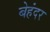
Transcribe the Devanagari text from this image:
बेहंदर